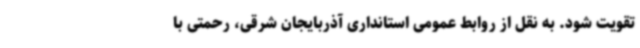
تقویت شود. به نقل از روابط عمومی استانداری آذربایجان شرقی، رحمتی با